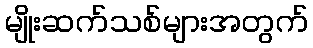
မျိုးဆက်သစ်များအတွက်